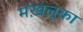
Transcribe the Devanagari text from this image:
मख़लूका